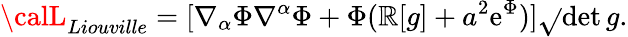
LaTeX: {\calL}_{Liouville}=[\nabla_{\alpha}\Phi\nabla^{\alpha}\Phi+\Phi(\mathbb{R}[g]+a^{2}\mathrm{{e}}^{\Phi})]\sqrt{}{{\operatorname*{det}g}}.